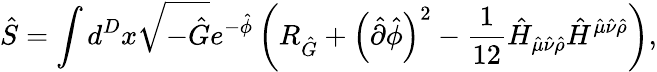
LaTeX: \hat{S}=\int d^{D}x\sqrt{-\hat{G}}e^{-\hat{\phi}}\left(R_{\hat{G}}+\left(\hat{\partial}\hat{\phi}\right)^{2}-\frac{1}{12}\hat{H}_{\hat{\mu}\hat{\nu}\hat{\rho}}\hat{H}^{\hat{\mu}\hat{\nu}\hat{\rho}}\right),